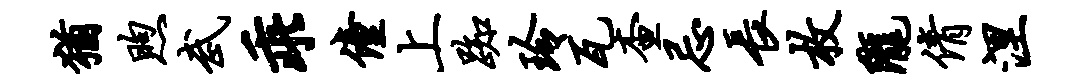
犹煦武乖僮上踟玲瓦查忌长枚陇倩涅